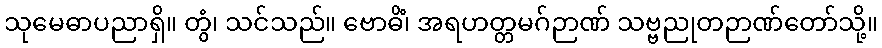
သုမေဓာပညာရှိ။ တွံ၊ သင်သည်။ ဗောဓိံ၊ အရဟတ္တမဂ်ဉာဏ် သဗ္ဗညုတဉာဏ်တော်သို့။